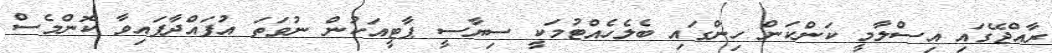
ރާއްޖޭގައި އިސްލާމީ ކަންކަން ހިންގައި ބެލެހެއްޓުމަކީ ސިޔާސީ ޕާޓީއަކުން ނުވަތަ އުފައްދާފައިވާ ކޮންމެސް